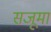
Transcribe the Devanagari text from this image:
सजूमा